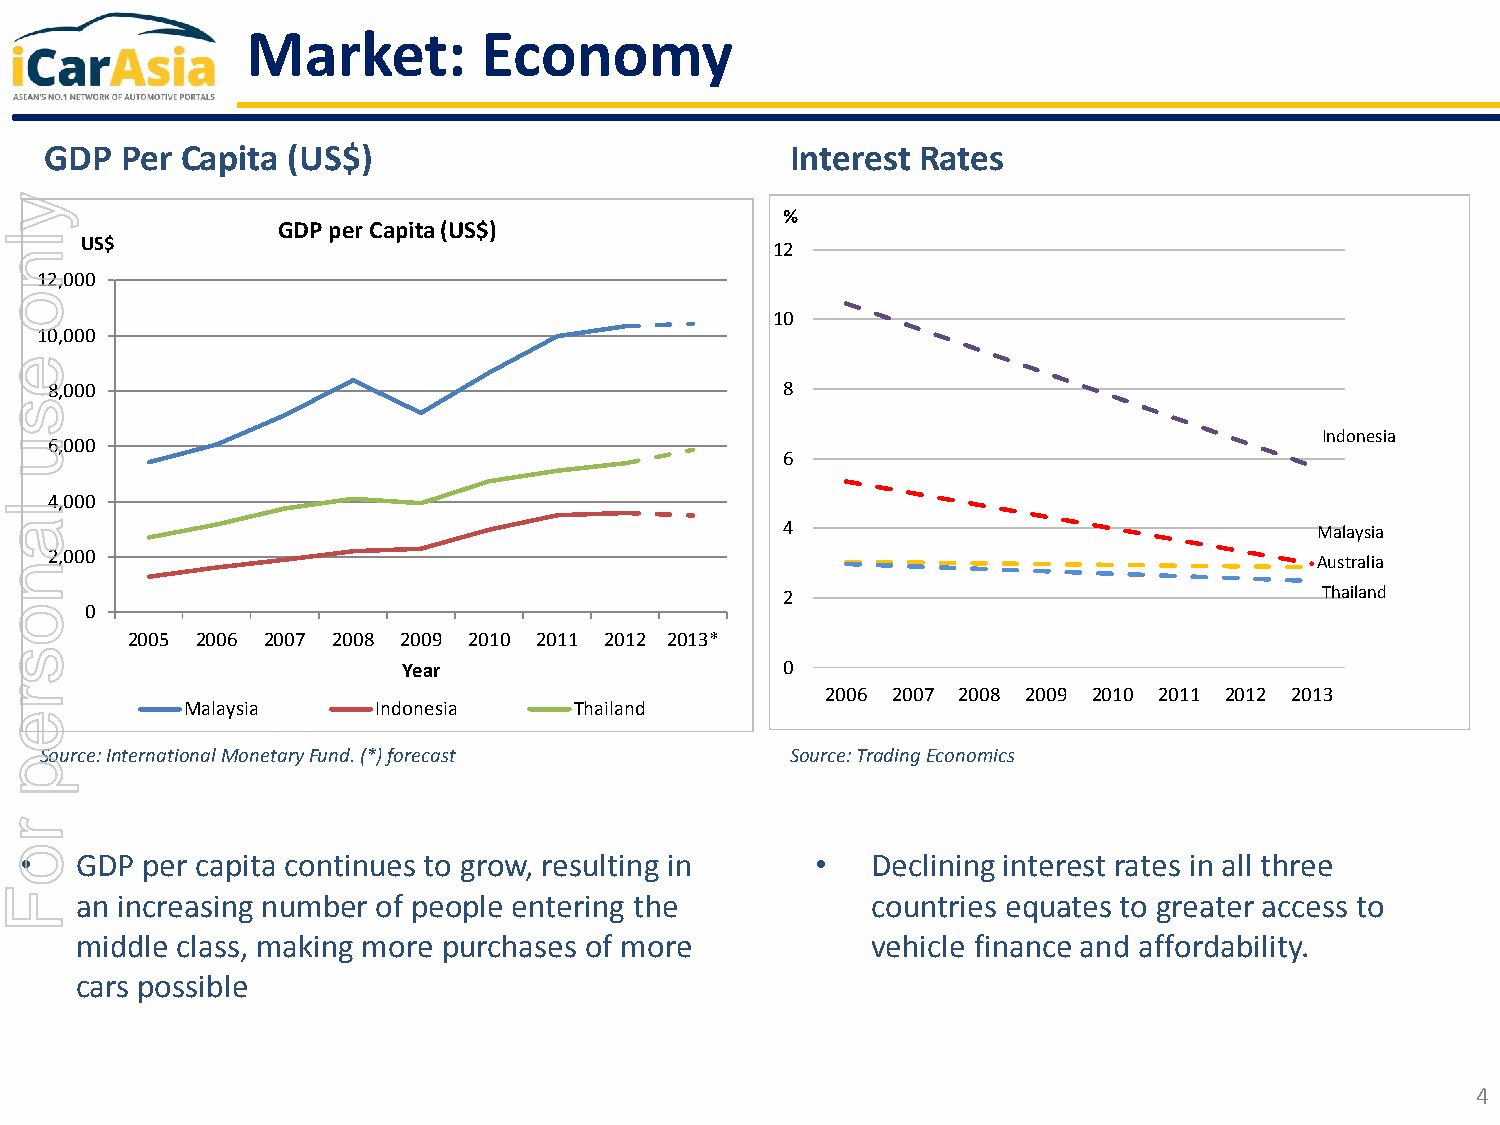
Market:         Economy
 GDP  Per Capita (US$)                            Interest Rates
 y
 %
 GDP per Capita (US$)
 lUS$
 12
 n
 12,000
 o
 10
 10,000
 e
 8,000                                            8
 s
 Indonesia
 u6,000
 6
 4,000
 l
 a                                                   4                                  Malaysia
 2,000
 Australia
 n
 2                                   Thailand
 o     0
 2005 2006 2007 2008 2009 2010 2011 2012 2013*
 s
 Year                     0
 r                                                      2006 2007 2008 2009 2010 2011 2012 2013
 Malaysia     Indonesia    Thailand
 e
 Source: International Monetary Fund. (*) forecast Source: Trading Economics
 p
 r
 o
 •   GDP per capita continues to grow, resulting in   •   Declining interest rates in all three
 Fan     increasing number of people entering the          countries equates to greater access to
 middle class, making more purchases of more          vehicle finance and affordability.
 cars possible
 4